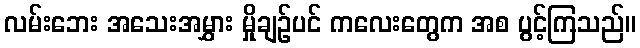
လမ်းဘေး အသေးအမွှား မှိုချဉ်ပင် ကလေးတွေက အစ ပွင့်ကြသည်။